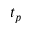
t _ { p }